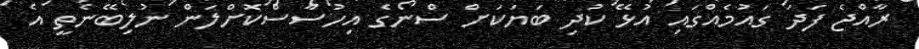
ރާއްޖެ ފަދަ ގައުމެއްގައި އުޅޭ ކުދި ބަޔަކަށް ސްނޯގެ އިހުސާސްކޮށްލަން ނުލިބޭނެތީ އެ